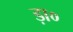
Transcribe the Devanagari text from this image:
ड़ा०